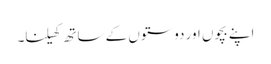
اپنے بچوں اور دوستوں کے ساتھ کھیلنا۔